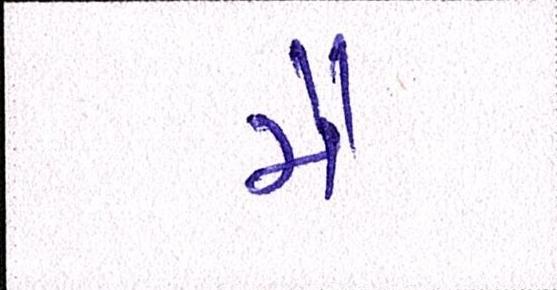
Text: મૈં